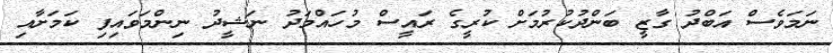
ނަމަވެސް އަބްދު ގާޒީ ބަންދުކުރުމަށް ކުރީގެ ރައީސް މުހައްމަދު ނަޝީދު ނިންމަވައިފި ކަމަށާއި